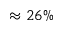
\approx 2 6 \%